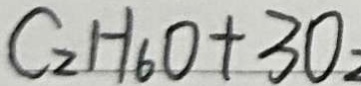
C _ { 2 } H _ { 6 } O + 3 O _ { 2 }